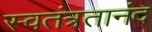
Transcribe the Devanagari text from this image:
स्वतंत्रतानंद